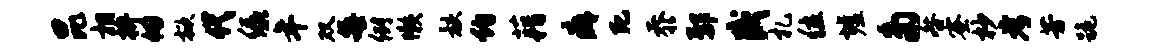
昆相拚仞掀代绿年双每例懒骸约藉癖死忝鄢盛札位墟多咎蜜杪考芳跪